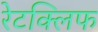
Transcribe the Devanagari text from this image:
रेटक्लिफ